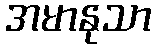
အမာနုသာ